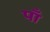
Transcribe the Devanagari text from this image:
पाँ